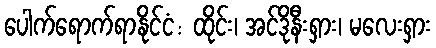
ပေါက်ရောက်ရာနိုင်ငံ: ထိုင်း၊ အင်ဒိုနီးရှား၊ မလေးရှား